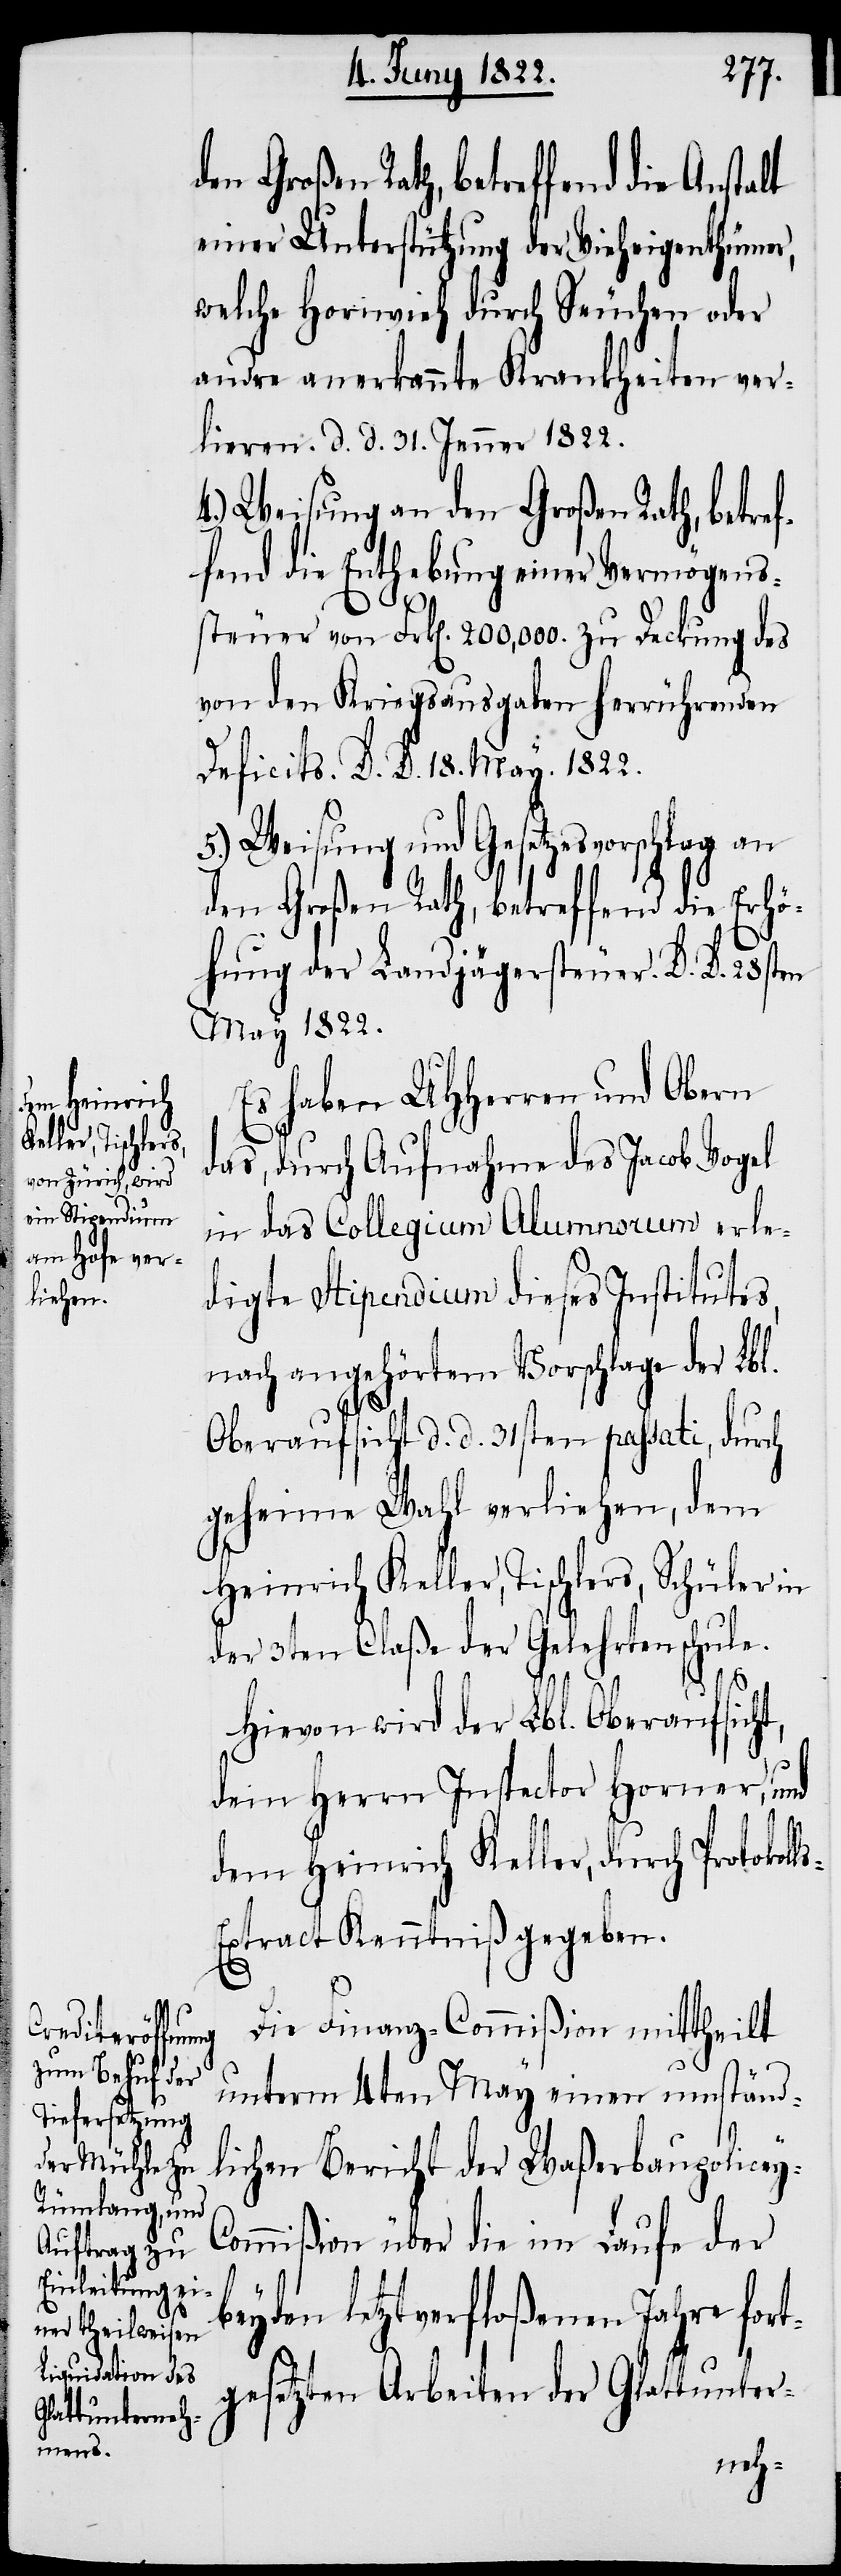
einer Unterstützung der Vieheigenthümer,
welche Hornvieh durch Seuchen oder
andre anerkannte Krankheiten ver¬
lieren. d. d. 31. Jenner 1822.
4.) Weisung an den Großen Rath, betref¬
fend die Enthebung einer Vermögens¬
steuer von Frk[en]. 200,000. zu Deckung des
von dem Kriegsausgaben herrührenden
Deficits D. D. 18. May 1822.
5.) Weisung und Gesetzesvorschlag an
den Großen Rath, betreffend die Erhö¬
hung der Landjägersteuer D. D. 28sten
May 1822.
Es haben UHHerren und Obern
das, durch Aufnahme des Jacob Vogel
in das Collegium Alumnorum erle¬
digte Stipendium dieses Institutes,
angehörtem Vorschlage des Lbl.
Oberaufsicht d. d. 31sten passati, durch
geheime Wahl verliehen, dem
Heinrich Keller Tischlers, Schüler in
der 3ten Claße der Gelehrtenschule.
y-C¬
Hievon wird der Lbl. Oberaufsicht,
dem Herrn Inspector Horner, und
dem Heinrich Keller, durch Protokol¬
xtract Kenntniß gegeben.
Die Finanz-Commißion mittheilt
unterm 4ten May einen umständ¬
lichen Bericht der Waßerbaupolice¬
ommißion über die im Laufe der
beyden letztverfloßenen Jahre for¬
tgesetzten Arbeiten der Glattunter-